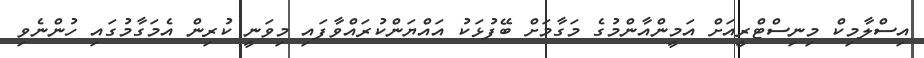
އިސްލާމިކް މިނިސްޓްރީއަށް އަމީންއާންމުގެ މަގާމަށް ބޭފުޅަކު އައްޔަންކުރައްވާފައި މިވަނީ ކުރިން އެމަގާމުގައި ހުންނެވި